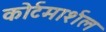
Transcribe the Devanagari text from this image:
कोर्टमार्शल